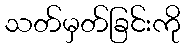
သတ်မှတ်ခြင်းကို